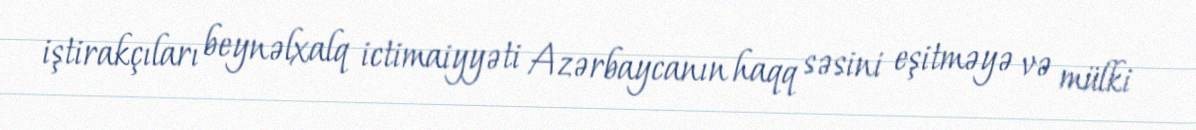
iştirakçıları beynəlxalq ictimaiyyəti Azərbaycanın haqq səsini eşitməyə və mülki